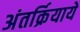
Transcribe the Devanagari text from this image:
अंतर्क्रियायें